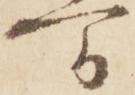
間